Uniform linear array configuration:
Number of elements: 64
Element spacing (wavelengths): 0.25
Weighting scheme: uniform
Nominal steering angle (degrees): -45
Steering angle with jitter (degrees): -44.807
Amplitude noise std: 0.05
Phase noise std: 0.05

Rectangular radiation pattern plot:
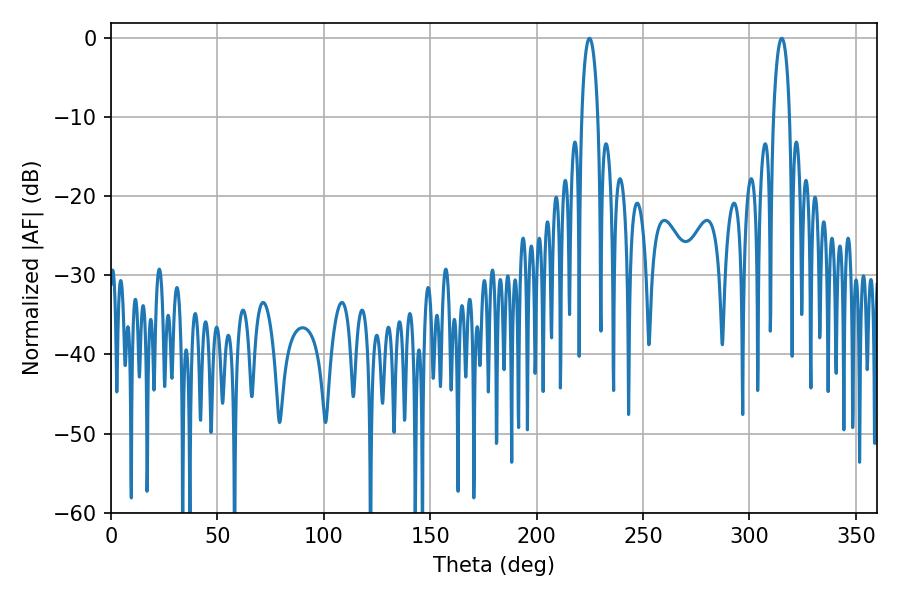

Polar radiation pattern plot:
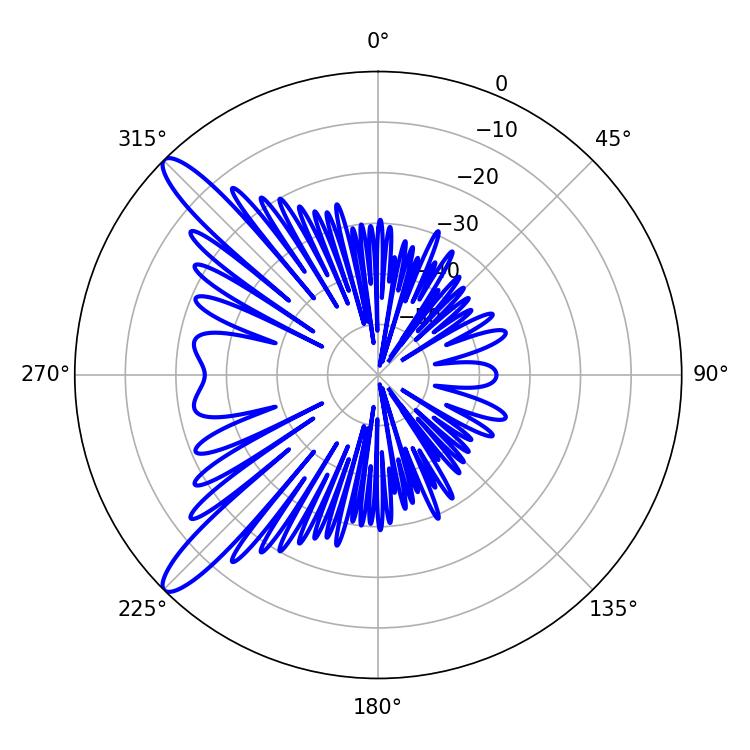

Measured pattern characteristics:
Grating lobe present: FALSE
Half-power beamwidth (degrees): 4.32
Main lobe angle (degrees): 224.82